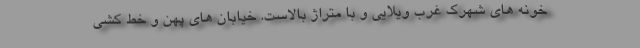
خونه های شهرک غرب ویلایی و با متراژ بالاست. خیابان های پهن و خط کشی